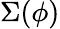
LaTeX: \Sigma(\phi)